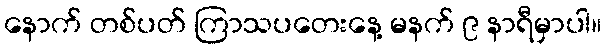
နောက် တစ်ပတ် ကြာသပတေးနေ့ မနက် ၉ နာရီမှာပါ။